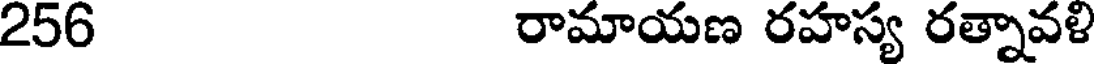
256 రామాయణ రహస్య రత్నావళి